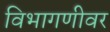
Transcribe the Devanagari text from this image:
विभागणीवर